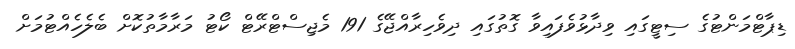
ޑިޕާޓްމަންޓުގެ ސިޓީގައި ވިދާޅުވެފައިވާ ގޮތުގައި ދިވެހިރާއްޖޭގެ 191 މެޖިސްޓްރޭޓް ކޯޓު މަރާމާތުކޮށް ބެލެހެއްޓުމަށް